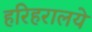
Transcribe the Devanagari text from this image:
हरिहरालये